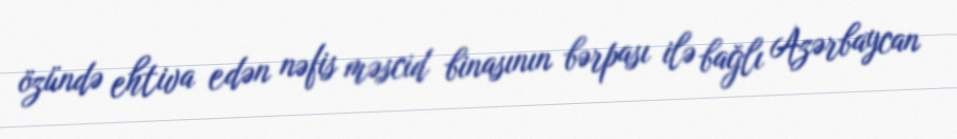
özündə ehtiva edən nəfis məscid binasının bərpası ilə bağlı Azərbaycan